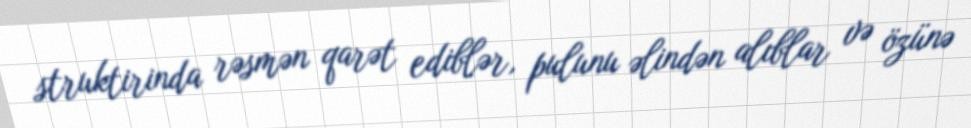
struktirinda rəsmən qarət ediblər, pulunu əlindən alıblar və özünə